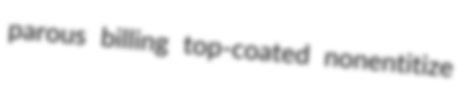
parous billing top-coated nonentitize